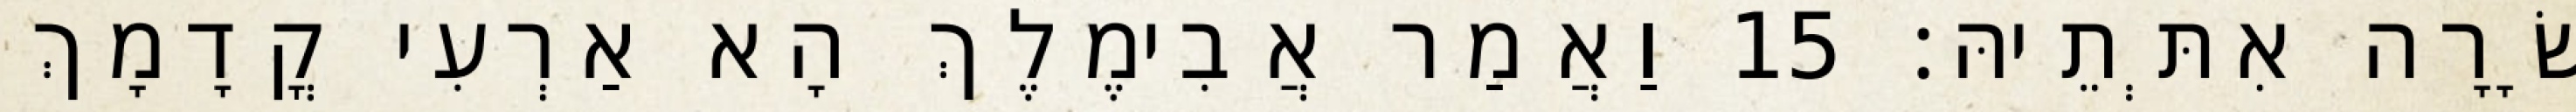
שָׂרָה אִתְּתֵיהּ׃ 15 וַאֲמַר אֲבִימֶלֶךְ הָא אַרְעִי קֳדָמָךְ